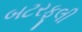
બટરફૂલી